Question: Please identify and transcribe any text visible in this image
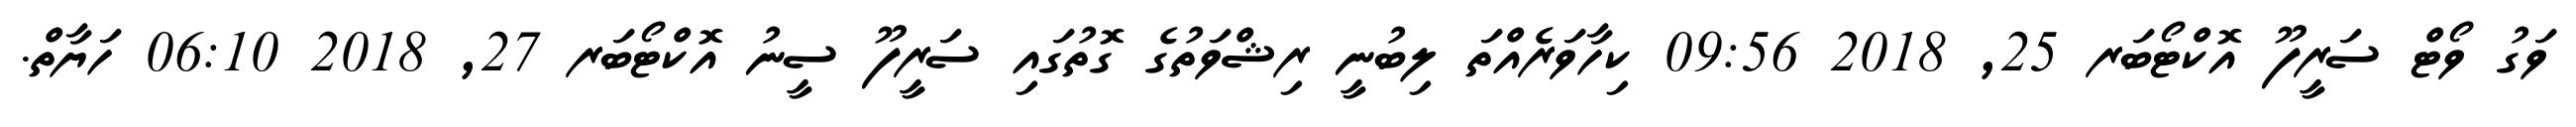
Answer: ވަގު ވޯޓް ސަރީފޫ އޮކްޓޯބަރ 25, 2018 09:56 ކިހާވަރެއްތަ ލިބުނީ ރިޝްވަތުގެ ގޮތުގައި ސަރީފޫ ސީނު އޮކްޓޯބަރ 27, 2018 06:10 ހަޔާތް.